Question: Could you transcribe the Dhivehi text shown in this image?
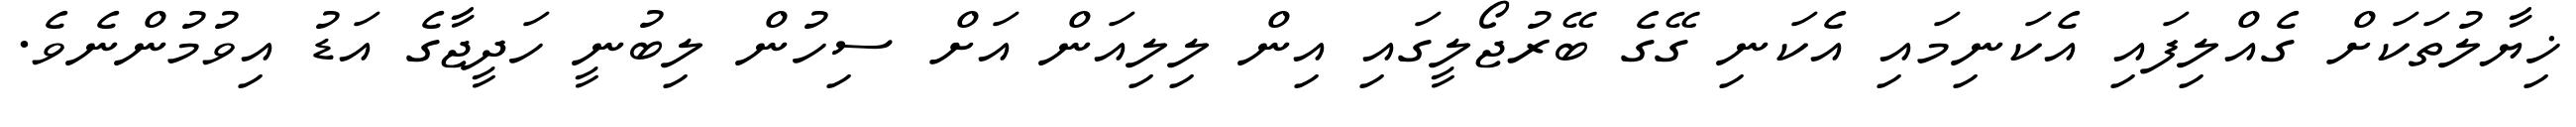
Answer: ޚިޔާލުތަކަށް ގެއްލިފައި އެކަނިމައި އެކަނި ގޭގެ ބޭރުޖޯލީގައި އިން ލިލިއަން އަށް ސިހުން ލިބުނީ ހަދީޖާގެ އަޑު އިވުމުންނެވެ.